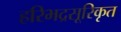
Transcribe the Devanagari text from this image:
हरिभद्रसूरिकृत